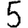
Digit: 5